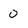
Character: 0